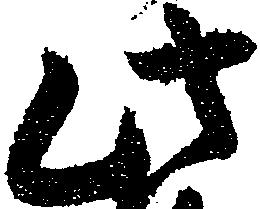
此